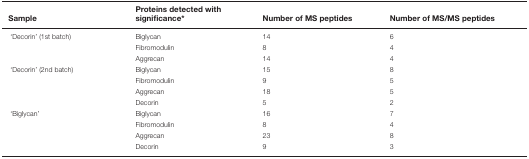
<table><thead><tr><td><b>Sample</b></td><td><b>Proteins detected with significance<sup>*</sup></b></td><td><b>Number of MS peptides</b></td><td><b>Number of MS/MS peptides</b></td></tr></thead><tbody><tr><td>‘Decorin’ (1st batch)</td><td>Biglycan</td><td>14</td><td>6</td></tr><tr><td></td><td>Fibromodulin</td><td>8</td><td>4</td></tr><tr><td></td><td>Aggrecan</td><td>14</td><td>4</td></tr><tr><td>‘Decorin’ (2nd batch)</td><td>Biglycan</td><td>15</td><td>8</td></tr><tr><td></td><td>Fibromodulin</td><td>9</td><td>5</td></tr><tr><td></td><td>Aggrecan</td><td>18</td><td>5</td></tr><tr><td></td><td>Decorin</td><td>5</td><td>2</td></tr><tr><td>‘Biglycan’</td><td>Biglycan</td><td>16</td><td>7</td></tr><tr><td></td><td>Fibromodulin</td><td>8</td><td>4</td></tr><tr><td></td><td>Aggrecan</td><td>23</td><td>8</td></tr><tr><td></td><td>Decorin</td><td>9</td><td>3</td></tr></tbody></table>